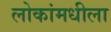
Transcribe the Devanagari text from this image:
लोकांमधीला